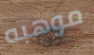
موهبه